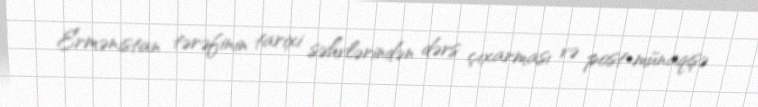
Ermənistan tərəfinin tarixi səhvlərindən dərs çıxarması və post-münaqişə